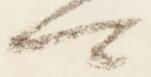
可